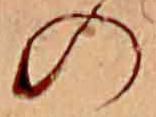
の